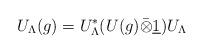
LaTeX: \begin{align*}U_{\Lambda }(g)=U_{\Lambda }^{*}(U(g)\bar{\otimes}\underline{1})U_{\Lambda }\end{align*}